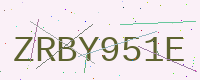
Text: ZRBY951E